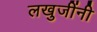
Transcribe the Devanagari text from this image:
लखुजींनी